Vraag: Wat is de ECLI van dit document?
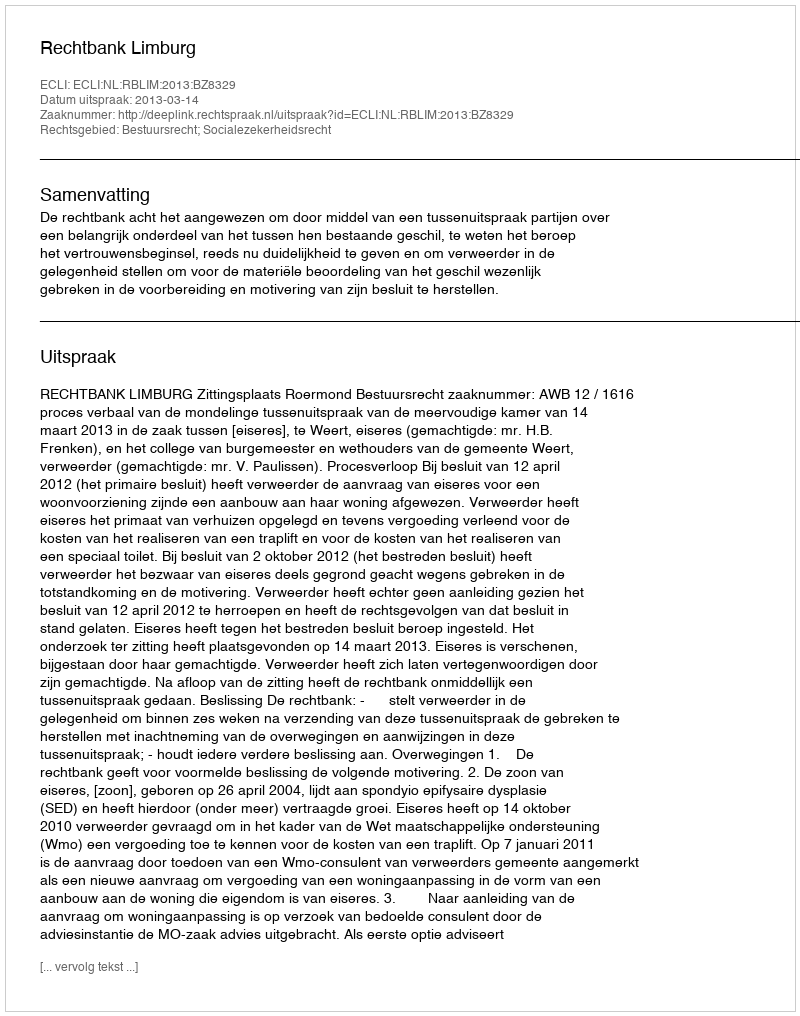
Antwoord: ECLI:NL:RBLIM:2013:BZ8329